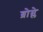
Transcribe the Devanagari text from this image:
ब्रोम्ले